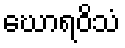
ဃောရဝိသံ